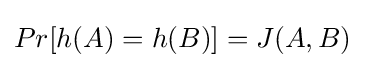
Pr[h(A)=h(B)]=J(A,B)